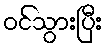
ဝင်သွားပြီး